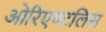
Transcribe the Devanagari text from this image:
ओरिएण्टलिस